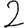
Digit: 2